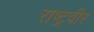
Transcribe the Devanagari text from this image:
राष्ट्रवीर